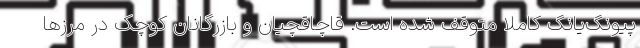
پیونگ‌یانگ کاملا متوقف شده است. قاچاقچیان و بازرگانان کوچک در مرزها